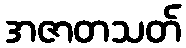
အဇာတသတ်